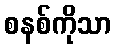
စနစ်ကိုသာ